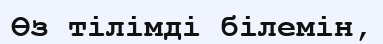
Өз тілімді білемін,